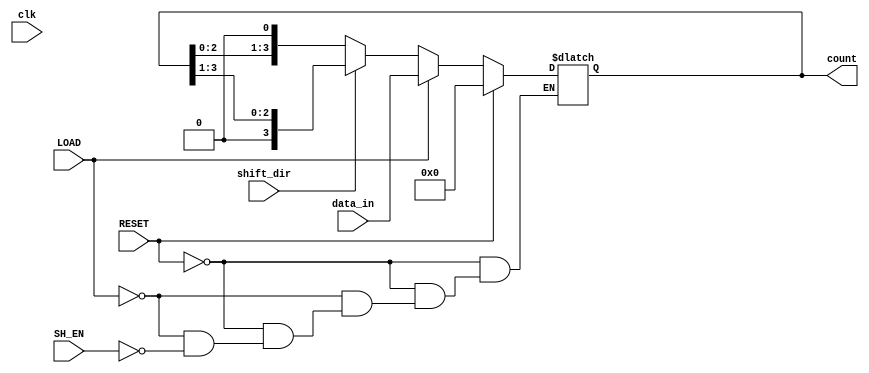
module async_shift_counter (
    input wire clk,          // Clock signal (not used for synchronous operation)
    input wire SH_EN,       // Shift Enable signal
    input wire LOAD,        // Load signal
    input wire RESET,       // Reset signal
    input wire [3:0] data_in, // Input data for loading
    input wire shift_dir,   // Shift direction: 0 for left, 1 for right
    output reg [3:0] count  // 4-bit counter output
);

// Asynchronous Reset
always @* begin
    if (RESET) begin
        count = 4'b0000; // Reset counter to 0
    end else if (LOAD) begin
        count = data_in; // Load new value into counter
    end else if (SH_EN) begin
        if (shift_dir == 1'b0) begin
            // Shift left
            count = {count[2:0], 1'b0}; // Shift left and fill with 0
        end else begin
            // Shift right
            count = {1'b0, count[3:1]}; // Shift right and fill with 0
        end
    end
end

endmodule